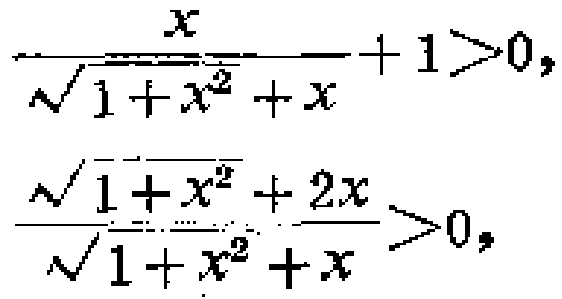
\[\frac{x}{\sqrt{1 + x^{2}}+x}+1>0,\]

\[\frac{\sqrt{1 + x^{2}}+2x}{\sqrt{1 + x^{2}}+x}>0,\]